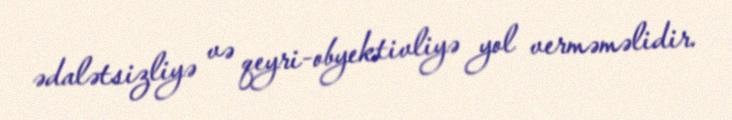
ədalətsizliyə və qeyri-obyektivliyə yol verməməlidir.